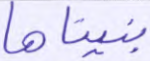
بنيناها